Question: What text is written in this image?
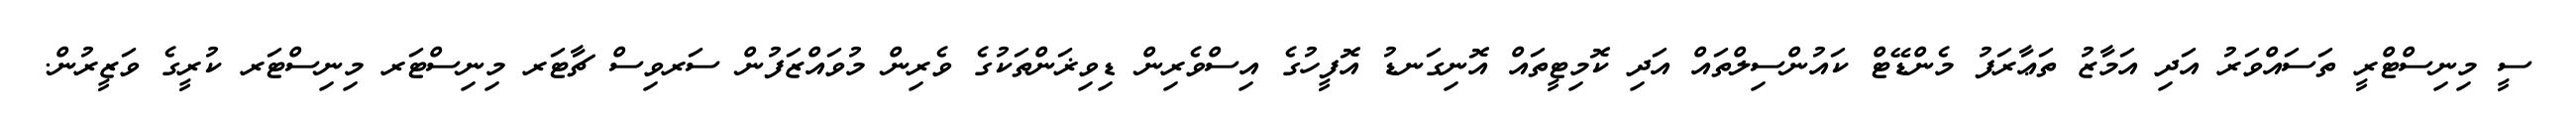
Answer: ސީ މިނިސްޓްރީ ތަސައްވަރު އަދި އަމާޒު ތަޢާރަފު މެންޑޭޓް ކައުންސިލްތައް އަދި ކޮމިޓީތައް އޮނިގަނޑު އޮފީހުގެ އިސްވެރިން ޑިވިޜަންތަކުގެ ވެރިން މުވައްޒަފުން ސަރވިސް ޗާޓަރ މިނިސްޓަރ މިނިސްޓަރ ކުރީގެ ވަޒީރުން.